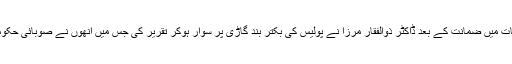
یاد رہے کہ انسداد دہشت گردی کی عدالت سے تین مقدمات میں ضمانت کے بعد ڈاکٹر ذوالفقار مرزا نے پولیس کی بکتر بند گاڑی پر سوار ہوکر تقریر کی جس میں انھوں نے صوبائی حکومت اور پاکستان پیپلز پارٹی کی قیادت کو ہدفِ تنقید بنایا۔